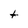
Character: t